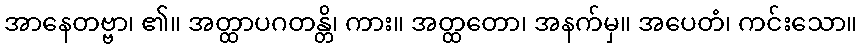
အာနေတဗ္ဗာ၊ ၏။ အတ္ထာပဂတန္တိ၊ ကား။ အတ္ထတော၊ အနက်မှ။ အပေတံ၊ ကင်းသော။